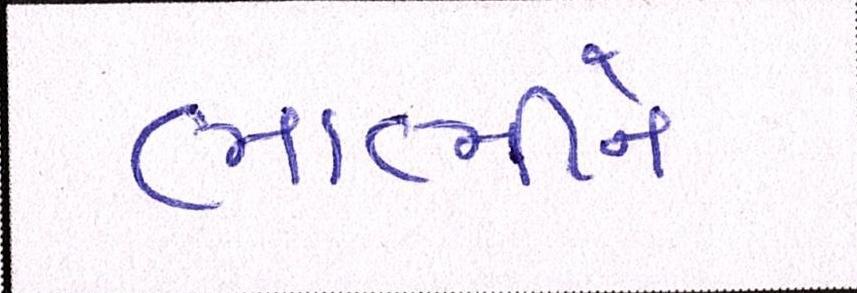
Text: ભાભીને